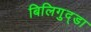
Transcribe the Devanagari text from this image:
बिलिगुद्डा